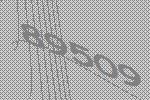
89509